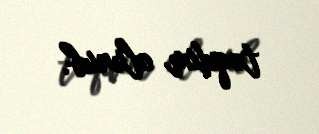
təqdim olunub.